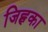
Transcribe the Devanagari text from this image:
जिह्वका